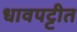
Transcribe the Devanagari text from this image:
धावपट्टीत